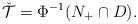
LaTeX: \begin{align*}\check{\mathcal{T}}=\Phi^{-1}(N_+\cap D).\end{align*}